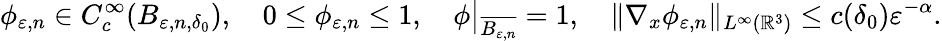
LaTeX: \phi_{\varepsilon,n}\in C_{c}^{\infty}(B_{\varepsilon,n,\delta_{0}}),\quad 0\leq\phi_{\varepsilon,n}\leq 1,\quad\phi\big|_{\overline{{B_{\varepsilon,n}}}}=1,\quad\| \nabla_{x}\phi_{\varepsilon,n}\| _{L^{\infty}(\mathbb{R}^{3})}\leq c(\delta_{0})\varepsilon^{-\alpha}.